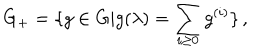
LaTeX: G _ { + } = \{ g \in G | g ( \lambda ) = \sum _ { i \geq 0 } g ^ { ( i ) } \} \, ,